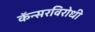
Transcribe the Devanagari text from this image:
कॅन्सरविरोधी